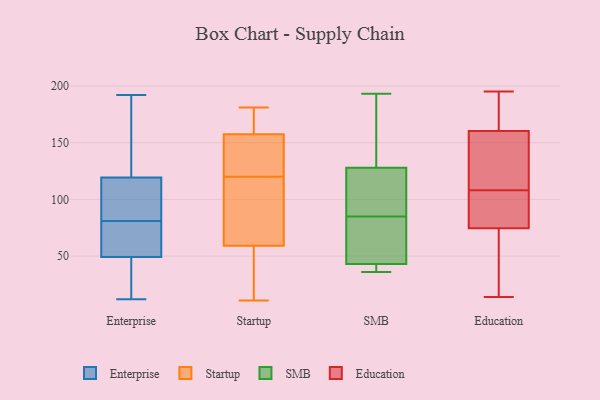
{"axis": {"x": "Operating Costs (USD K)", "y": "Value"}, "legend": ["Education", "Enterprise", "SMB", "Startup"], "data": [{"x": "", "y": 192, "type": "Enterprise"}, {"x": "", "y": 50, "type": "Enterprise"}, {"x": "", "y": 49, "type": "Enterprise"}, {"x": "", "y": 145, "type": "Enterprise"}, {"x": "", "y": 96, "type": "Enterprise"}, {"x": "", "y": 26, "type": "Enterprise"}, {"x": "", "y": 81, "type": "Enterprise"}, {"x": "", "y": 95, "type": "Enterprise"}, {"x": "", "y": 122, "type": "Enterprise"}, {"x": "", "y": 111, "type": "Enterprise"}, {"x": "", "y": 52, "type": "Enterprise"}, {"x": "", "y": 12, "type": "Enterprise"}, {"x": "", "y": 45, "type": "Enterprise"}, {"x": "", "y": 184, "type": "Enterprise"}, {"x": "", "y": 76, "type": "Enterprise"}, {"x": "", "y": 75, "type": "Startup"}, {"x": "", "y": 181, "type": "Startup"}, {"x": "", "y": 11, "type": "Startup"}, {"x": "", "y": 161, "type": "Startup"}, {"x": "", "y": 179, "type": "Startup"}, {"x": "", "y": 126, "type": "Startup"}, {"x": "", "y": 43, "type": "Startup"}, {"x": "", "y": 101, "type": "Startup"}, {"x": "", "y": 120, "type": "Startup"}, {"x": "", "y": 147, "type": "Startup"}, {"x": "", "y": 54, "type": "Startup"}, {"x": "", "y": 50, "type": "SMB"}, {"x": "", "y": 128, "type": "SMB"}, {"x": "", "y": 100, "type": "SMB"}, {"x": "", "y": 193, "type": "SMB"}, {"x": "", "y": 70, "type": "SMB"}, {"x": "", "y": 36, "type": "SMB"}, {"x": "", "y": 43, "type": "SMB"}, {"x": "", "y": 104, "type": "SMB"}, {"x": "", "y": 41, "type": "SMB"}, {"x": "", "y": 154, "type": "SMB"}, {"x": "", "y": 72, "type": "Education"}, {"x": "", "y": 14, "type": "Education"}, {"x": "", "y": 164, "type": "Education"}, {"x": "", "y": 115, "type": "Education"}, {"x": "", "y": 91, "type": "Education"}, {"x": "", "y": 149, "type": "Education"}, {"x": "", "y": 82, "type": "Education"}, {"x": "", "y": 108, "type": "Education"}, {"x": "", "y": 195, "type": "Education"}, {"x": "", "y": 56, "type": "Education"}, {"x": "", "y": 182, "type": "Education"}]}